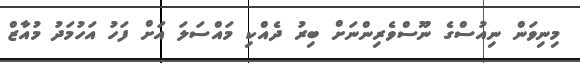
މިނިވަން ނިއުސްގެ ނޫސްވެރިންނަށް ބިރު ދެއްކި މައްސަލަ އަށް ފަހު އަހުމަދު މުއާޒް